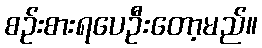
စဉ်းစားရပေဦးတော့မည်။